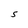
Character: S